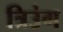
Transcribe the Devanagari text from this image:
त्रिउंग